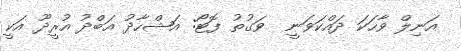
އަނިލް ވާހަކަ ދައްކަވަނީ  ވަގުތު ފޮޓޯ: އަޝްހާދު އަބްދު އުރީދޫ އަކީ